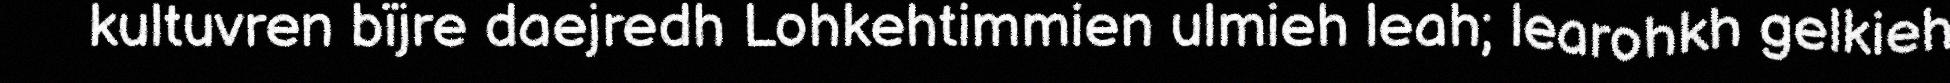
kultuvren bïjre daejredh Lohkehtimmien ulmieh leah; learohkh gelkieh